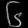
Digit: ၆